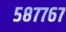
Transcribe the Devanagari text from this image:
५८७७६७